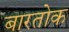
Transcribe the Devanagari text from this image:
बारतोक